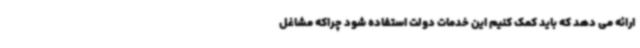
ارائه می دهد که باید کمک کنیم این خدمات دولت استفاده شود چراکه مشاغل